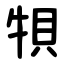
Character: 㸽